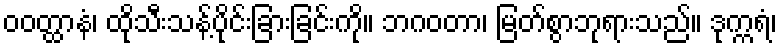
ဝဝတ္ထာနံ၊ ထိုသီးသန့်ပိုင်းခြားခြင်းကို။ ဘဂဝတာ၊ မြတ်စွာဘုရားသည်။ ဒုက္ကရံ၊